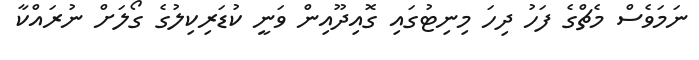
ނަމަވެސް މެޗްގެ ފަހު ދިހަ މިނިޓުގައި ގޮއިދޫއިން ވަނީ ކުޑަރިކިލުގެ ގޯލަށް ނުރައްކާ